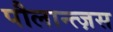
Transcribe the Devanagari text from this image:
पौलान्त्ज़स